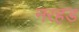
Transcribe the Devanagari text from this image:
नरहड